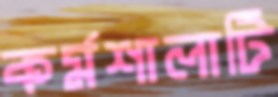
কর্মশালাটি